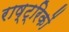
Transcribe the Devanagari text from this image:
राष्ट्रिकों